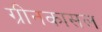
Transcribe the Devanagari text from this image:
ग्रीनकासल